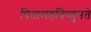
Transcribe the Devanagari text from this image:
पितामहविष्णुनते